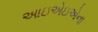
આઇએઇએના